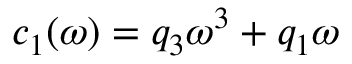
c _ { 1 } ( \omega ) = q _ { 3 } \omega ^ { 3 } + q _ { 1 } \omega